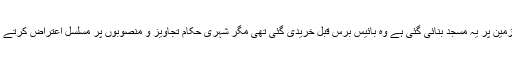
جس زمین پر یہ مسجد بنائی گئی ہے وہ بائیس برس قبل خریدی گئی تھی مگر شہری حکام تجاویز و منصوبوں پر مسلسل اعتراض کرتے رہے۔